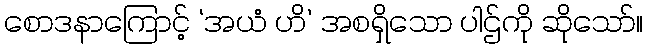
စောဒနာကြောင့် ‘အယံ ဟိ’ အစရှိသော ပါဌ်ကို ဆိုသော်။